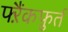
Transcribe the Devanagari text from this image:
फ्ऱैंकफ़ुर्त